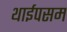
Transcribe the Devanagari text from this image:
थाईपसम